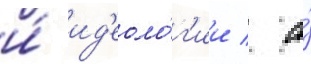
и́ ид'еоло́г'ии / а́